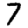
Digit: 7